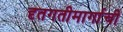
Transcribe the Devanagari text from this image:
दृतगतीमार्गाची